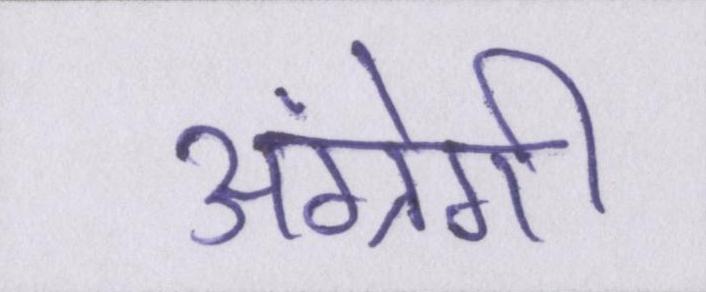
अंग्रेगी